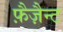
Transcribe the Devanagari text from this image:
फ़ैज़ैन्ट